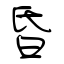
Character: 昏